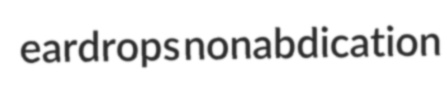
eardrops nonabdication